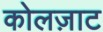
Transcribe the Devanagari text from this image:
कोलज़ाट